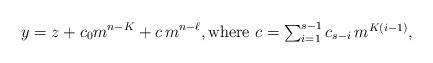
LaTeX: \begin{align*}y=z+c_0 m^{n-K}+c\, m^{n-\ell},\mbox{where $c=\sum_{i=1}^{s-1} c_{s-i}\, m^{K(i-1)}$,}\end{align*}